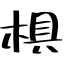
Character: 椇